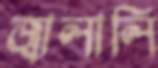
জ্বালালি